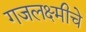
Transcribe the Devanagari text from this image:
गजलक्ष्मीचे